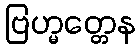
ဗြဟ္မတ္တေန